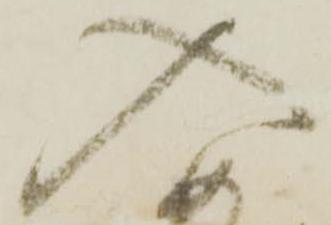
入